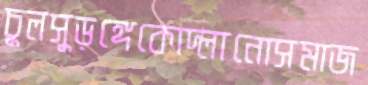
চুলসুড়ঙ্গেকোদ্‌লানোসমাজ